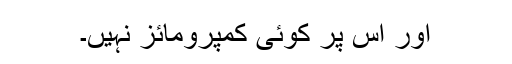
اور اس پر کوئی کمپرومائز نہیں۔